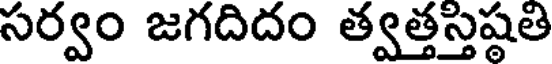
సర్వం జగదిదం త్వత్తస్తిష్ఠతి